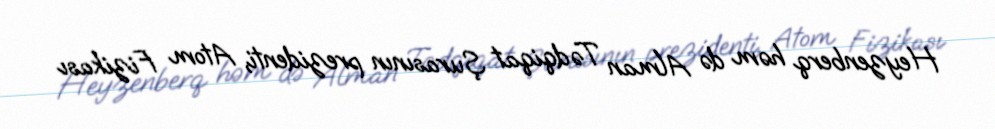
Heyzenberq həm də Alman Tədqiqat Şurasının prezidenti, Atom Fizikası